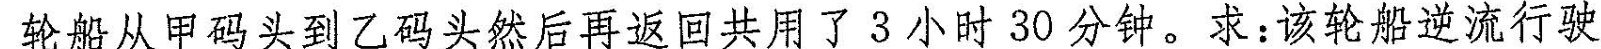
轮船从甲码头到乙码头然后再返回共用了3小时30分钟。求：该轮船逆流行驶